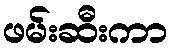
ဖမ်းဆီးကာ